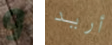
و أريد